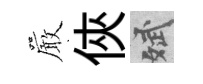
巖俠斌